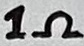
Text: 1Ω